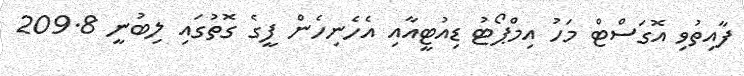
ފާއިތުވި އޮގަސްޓް މަހު އިމްޕޯޓު ޑިއުޓީއާއި އެހެނިހެން ފީގެ ގޮތުގައި ލިބުނީ 209.8